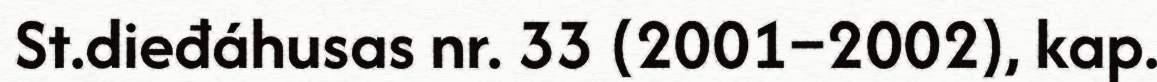
St.dieđáhusas nr. 33 (2001–2002), kap.